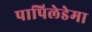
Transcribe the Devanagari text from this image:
पापिलेडेमा